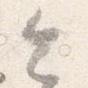
今